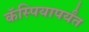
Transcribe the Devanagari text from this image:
कॅस्पियापर्यंत